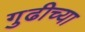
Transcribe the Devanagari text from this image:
गुढीच्या